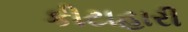
કીટાહારી